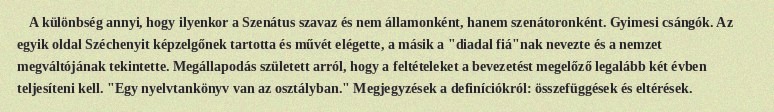
A különbség annyi, hogy ilyenkor a Szenátus szavaz és nem államonként, hanem szenátoronként. Gyimesi csángók. Az egyik oldal Széchenyit képzelgőnek tartotta és művét elégette, a másik a "diadal fiá"nak nevezte és a nemzet megváltójának tekintette. Megállapodás született arról, hogy a feltételeket a bevezetést megelőző legalább két évben teljesíteni kell. "Egy nyelvtankönyv van az osztályban." Megjegyzések a definíciókról: összefüggések és eltérések.